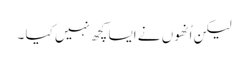
لیکن اُنھوں نے ایسا کچھ نہیں کیا ۔